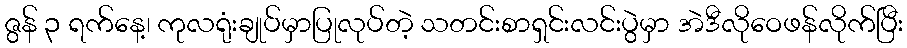
ဇွန် ၃ ရက်နေ့၊ ကုလရုံးချုပ်မှာပြုလုပ်တဲ့ သတင်းစာရှင်းလင်းပွဲမှာ အဲဒီလိုဝေဖန်လိုက်ပြီး